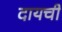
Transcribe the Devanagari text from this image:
दायची